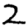
Digit: 2